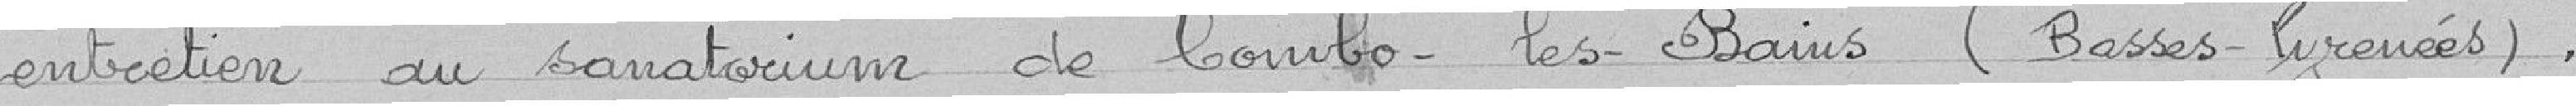
entretien au sanatorium de Cambo-les-Bains (Basses Pyrénées).